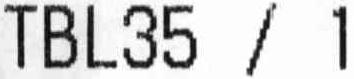
TBL35 / 1